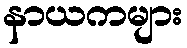
နာယကများ